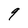
Character: 9